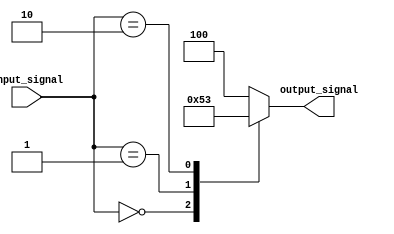
module doncare_block (
    input wire [2:0] input_signal,
    output reg [2:0] output_signal
);

always @(*) begin
    case(input_signal)
        3'b000: output_signal = 3'b001;
        3'b001: output_signal = 3'b010;
        3'b010: output_signal = 3'b011;
        default: output_signal = 3'b100; // Don't care case
    endcase
end

endmodule